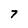
Character: 7